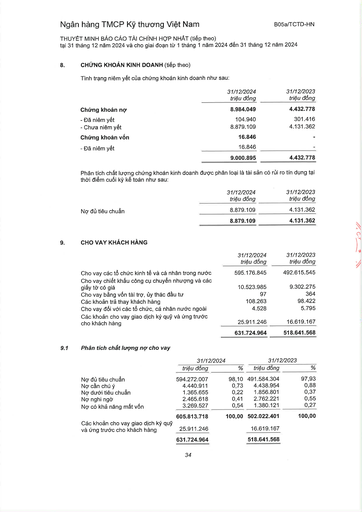
||31/12/2024 triệu đồng|31/12/2023 triệu đồng| |---|---|---| |Chứng khoán nợ|8.984.049|4.432.778| |- Đã niêm yết|104.940|301.416| |- Chưa niêm yết|8.879.109|4.131.362| |Chứng khoán vốn|16.846|| |Đã niêm yết|16.846|| ||9.000.895|4.432.778| ||31/12/2024 triệu đồng|31/12/2023 triệu đồng| |---|---|---| |Nợ đủ tiêu chuẩn|8.879.109|4.131.362| ||8.879.109|4.131.362| ||31/12/2024 triệu đồng|31/12/2023 triệu đồng| |---|---|---| |Cho vay các tổ chức kinh tế và cá nhân trong nước|595.176.845|492.615.545| |Cho vay chiết khấu công cụ chuyển nhượng và các giấy tờ có giá|10.523.985|9.302.275| |Cho vay bằng vốn tài trợ, ủy thác đầu tư|97|364| |Các khoản trả thay khách hàng|108.263|98.422| |Cho vay đối với các tổ chức, cá nhân nước ngoài|4.528|5.795| |Các khoản cho vay giao dịch ký quỹ và ứng trước cho khách hàng|25.911.246|16.619.167| ||631.724.964|518.641.568| ||31/12/2024||31/12/2023|| |---|---|---|---|---| ||triệu đồng|%|triệu đồng|%| |Nợ đủ tiêu chuẩn|594.272.007|98,10|491.584.304|97,93| |Nợ cần chú ý|4.440.911|0,73|4.438.954|0,88| |Nợ dưới tiêu chuẩn|1.365.655|0,22|1.856.801|0,37| |Nợ nghi ngờ|2.465.618|0,41|2.762.221|0,55| |Nợ có khả năng mất vốn|3.269.527|0,54|1.380.121|0,27| ||605.813.718|100,00|502.022.401|100,00| |Các khoản cho vay giao dịch ký quỹ và ứng trước cho khách hàng|25.911.246||16.619.167|| ||631.724.964||518.641.568||